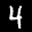
Label: 4